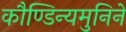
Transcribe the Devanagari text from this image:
कौण्डिन्यमुनिने